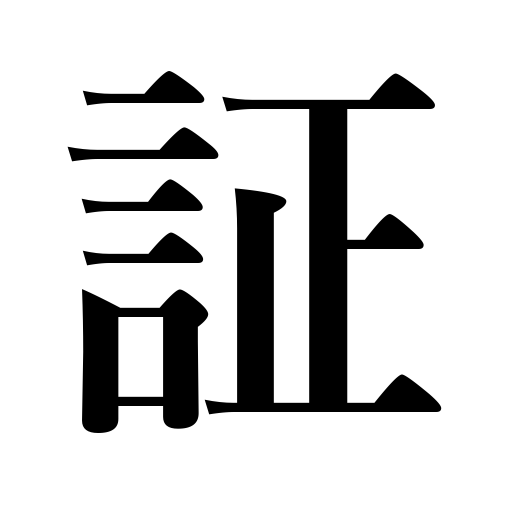
Meanings: certificate,evidence,proof